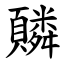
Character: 䫰